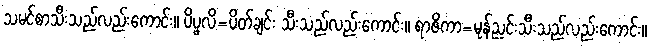
သမင်စာသီးသည်လည်းကောင်း။ ပိပ္ဖလိ=ပိတ်ချင်း သီးသည်လည်းကောင်း။ ရာဇိကာ=မုန်ညင်းသီးသည်လည်းကောင်း။